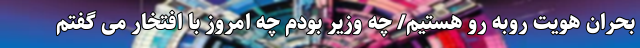
بحران هویت روبه رو هستیم/ چه وزیر بودم چه امروز با افتخار می گفتم